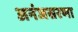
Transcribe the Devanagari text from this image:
अनंजसरणा